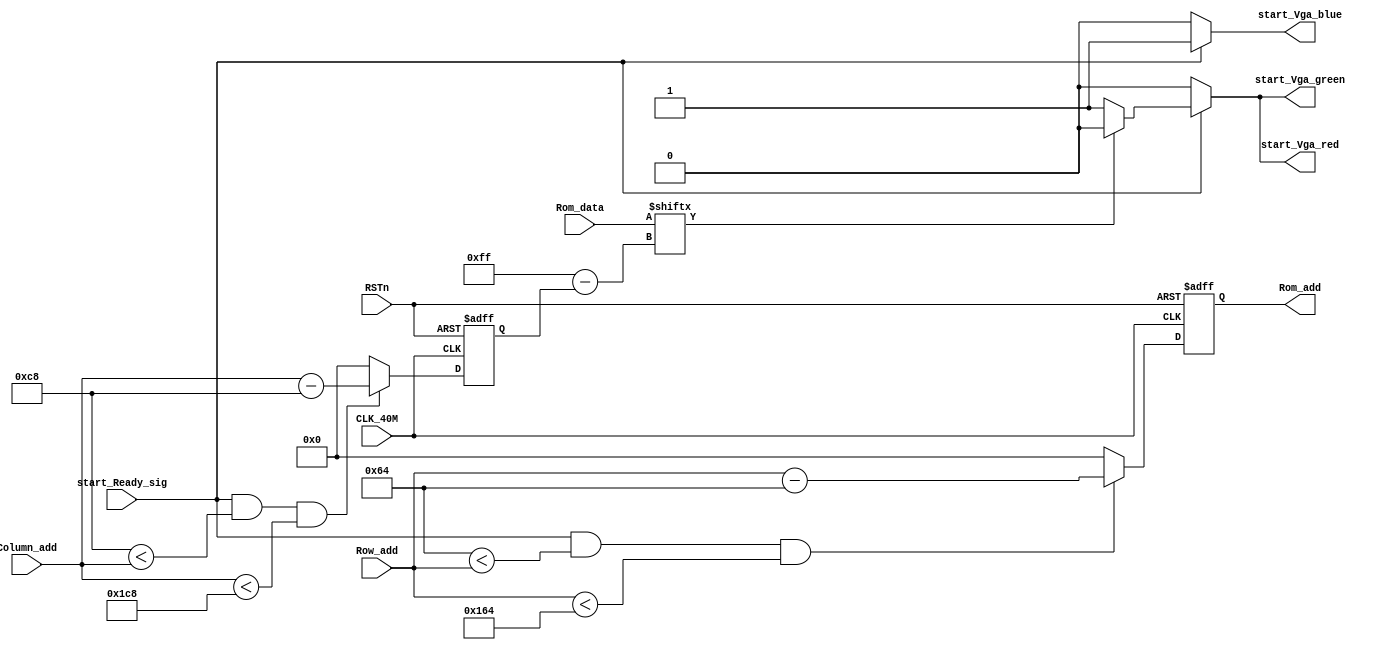
// This program was cloned from: https://github.com/Manistein/let-us-build-a-computer-system
// License: MIT License

module start_Vga_control		//VGA
(
	input CLK_40M,
	input RSTn,
	input start_Ready_sig,
	input [10:0] Row_add,
	input [10:0] Column_add,
	input [255:0] Rom_data,
	output [10:0] Rom_add,
	output start_Vga_red,
	output start_Vga_green,
	output start_Vga_blue
);
	reg [10:0] m;
	reg [10:0] n;
	always @ (posedge CLK_40M or negedge RSTn)
	begin
		if(!RSTn)
			begin
				m <= 11'd 0;
				n <= 11'd 0;
			end
		else
			begin//
				n <= (start_Ready_sig && ((11'd0 + 11'd200) < Column_add ) && (Column_add < (11'd 256 + 11'd200)))?		(Column_add [10:0] - 11'd200	)	:	11'd 0;
				m <= (start_Ready_sig && ((11'd0 + 11'd100) < Row_add ) && (Row_add < (11'd 256 + 11'd100)))?				(Row_add [10:0] - 11'd100		)	:	11'd 0;		
			end	
	end
	
	assign Rom_add = m;
	assign start_Vga_red = (start_Ready_sig)?			(		(Rom_data [11'd 255 - n])?		1'b0	:		1'b1		)				:	1'd 0;
	assign start_Vga_green = (start_Ready_sig)?		(		(Rom_data [11'd 255 - n])?		1'b0	:		1'b1		)				:	1'd 0;

	assign start_Vga_blue = (start_Ready_sig)?	(	(Rom_data [11'd 255 - n])?		1'b1		:		1'b1		):	1'b0;
	//****************************!!!!!!!!!!!!!!!!!!!!!!!!!!!!!!!!!!!!!!!!
	
		
endmodule